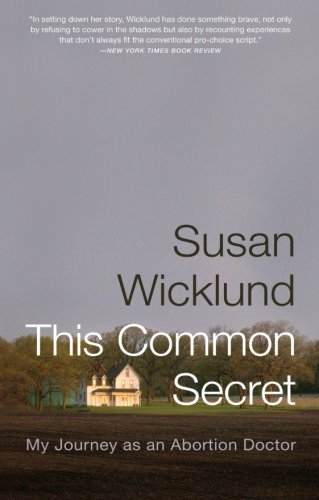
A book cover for This Common Secret: My Journey as an Abortion Doctor; Susan Wicklund; Politics & Social Sciences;